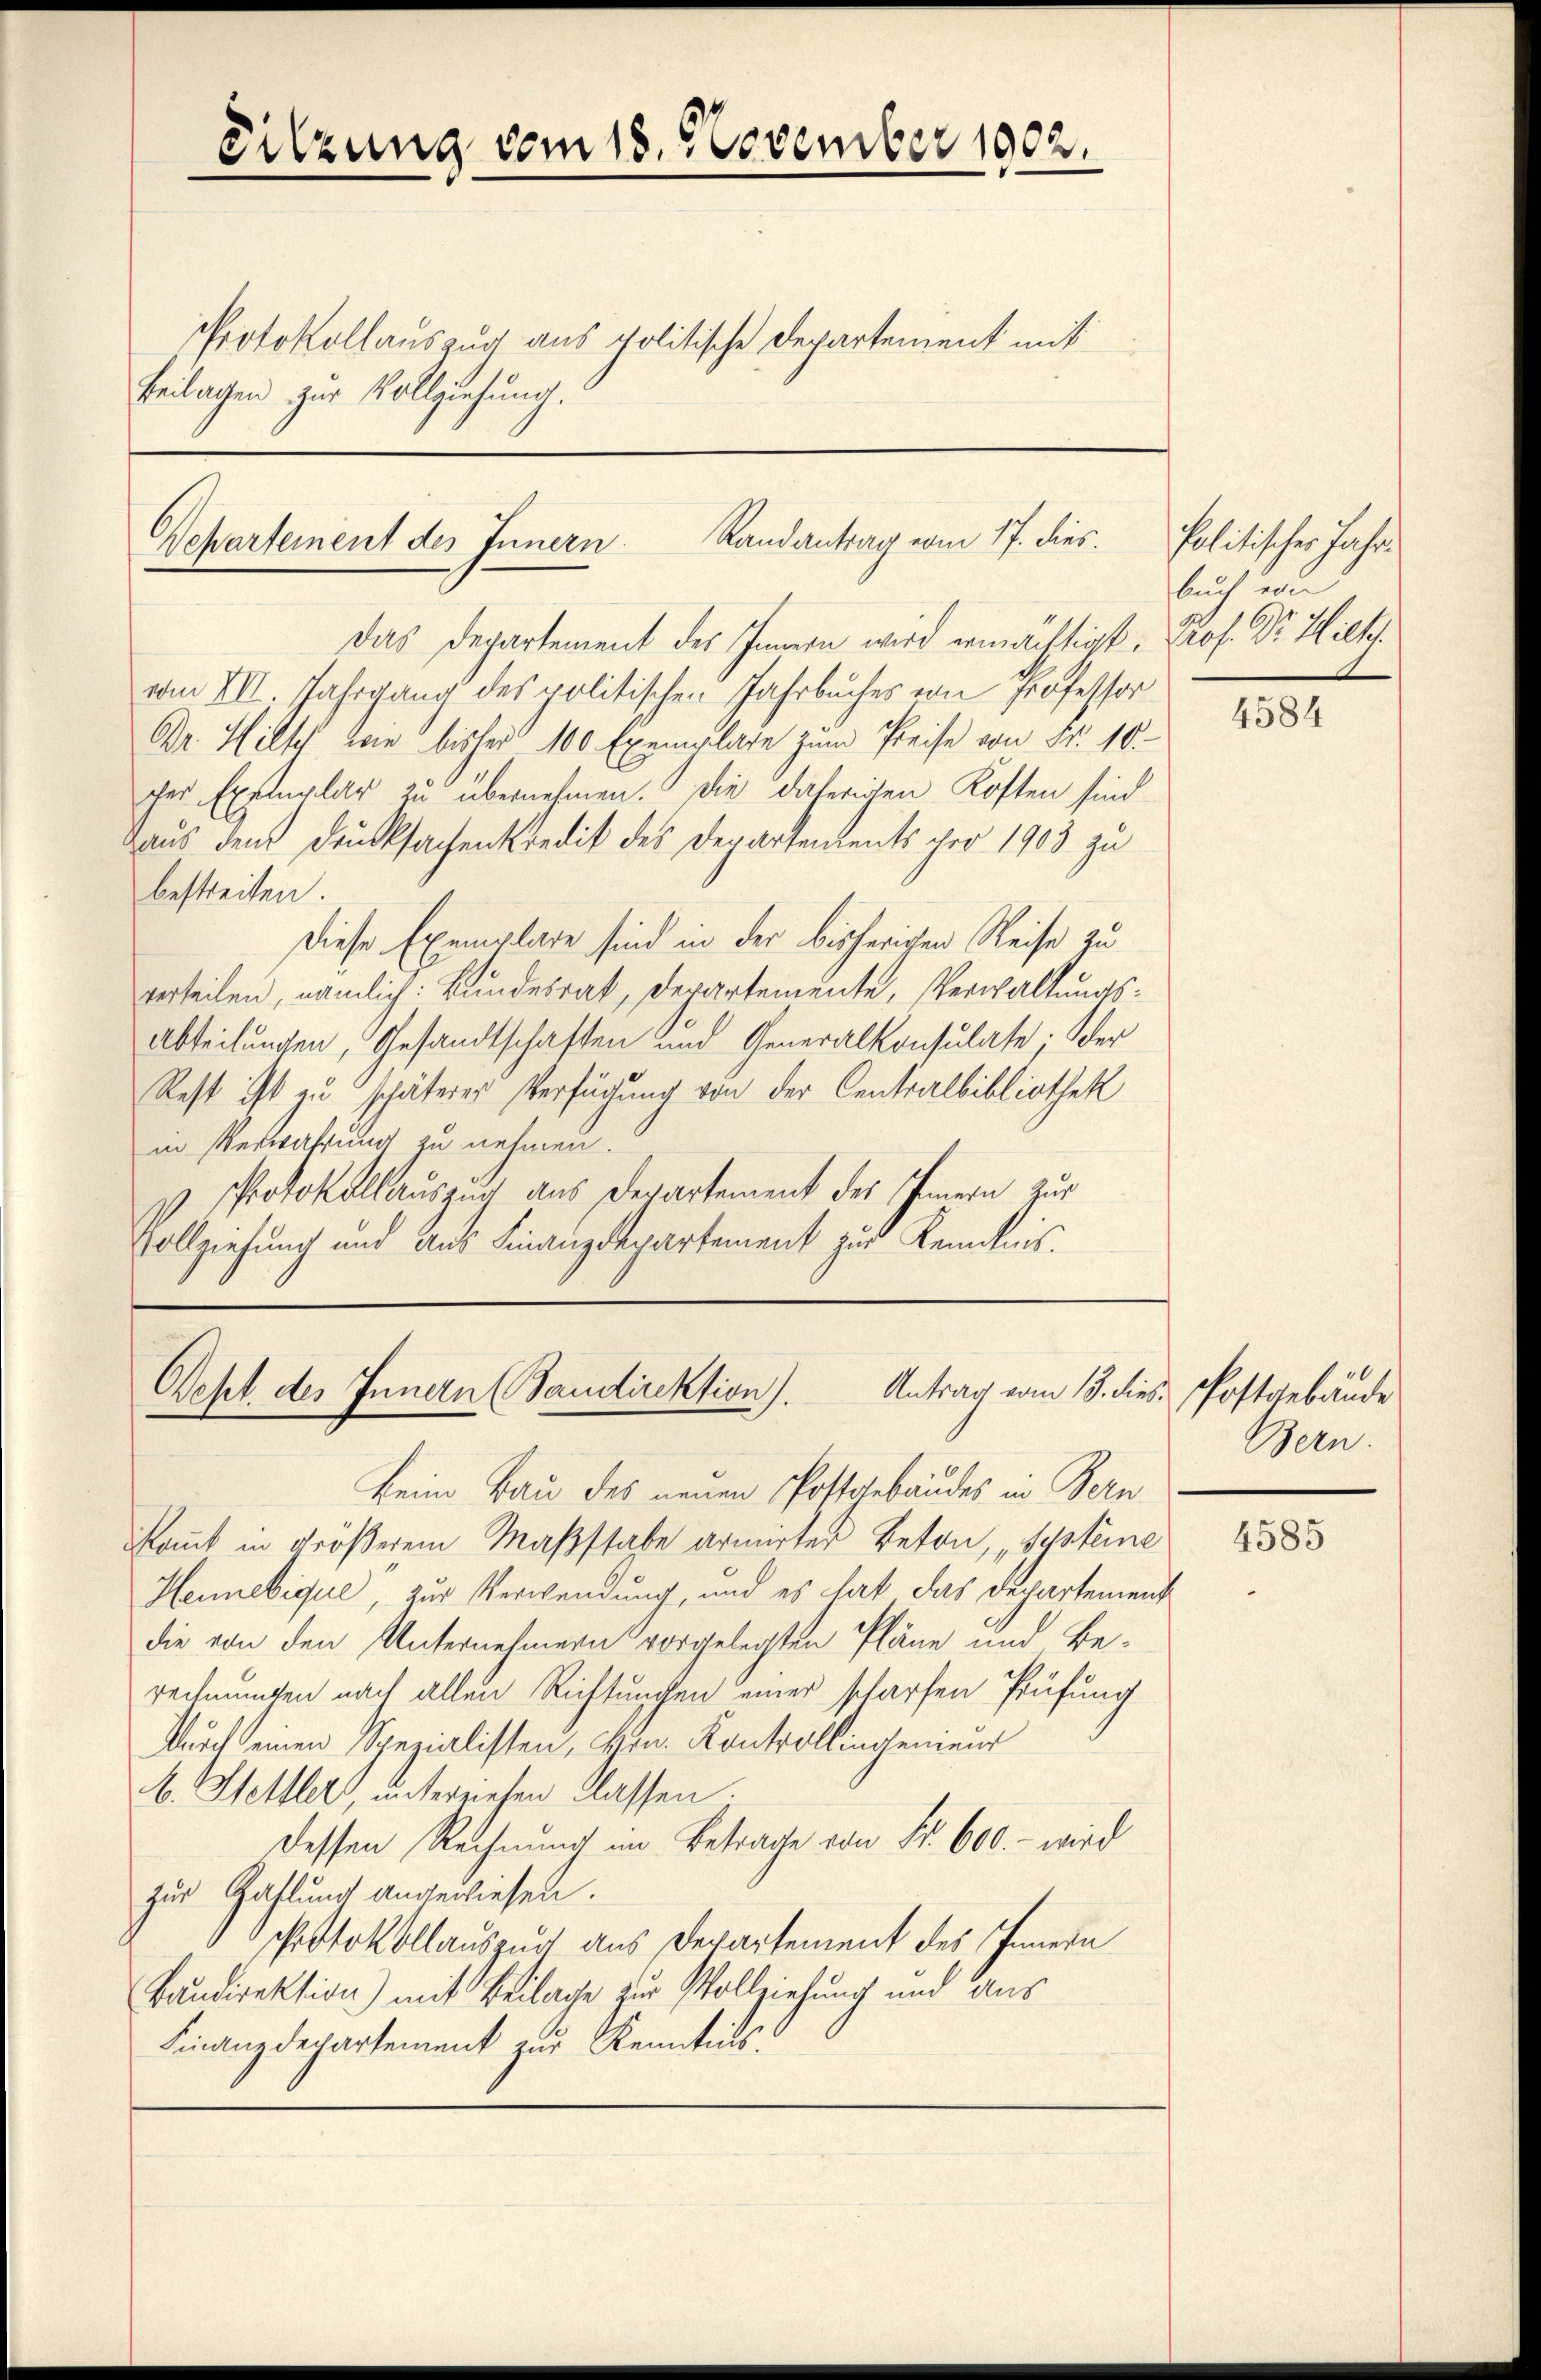
Sitzung vom 18. November 1902.
Protokollauszug aus politische Departement mit
Beilagen zur Vollziehung.

Departement des Innern Randantrag vom 17. dies¬

Das Departement des Innern wird ermächtigt, Prof. Dr. Hilt
vm VII. Jahrgang des politischen Jahrbuches von Professor
Dr. Hilsch von bisher 100 Exemplare zŭm Preise von Fr. 10.
cher Exemplar zu übernehmen. Die daherigen Kosten sind
Haus dem Drucksachenkredit des Departements pro 1903 zu
bestreiten.
Diese Exemplare sind in der bisherigen Reise zu
verteilen, nämlich: Bundesrat, derartemente, Verwaltungs¬
Abteilungen, Gesandtschaften und Generalkonsulate. Ver
Rest ist zu schäterer Verfügung von der Centralbibliothek
in Verwahrung zu nehmen.
PProtokollauszug aus Departement des Innern zur
Vollziehung und Aus Finanzdepartement zur Kenntnis.

Antrag vom 13. dies Postgebäude
Deht des Innern (Saudirektion).

durch einen Spezialisten, Kin. Kontrollingenieur
b. Stelller, unterziehen Classen.
Dessen Rechnung im Betrage von Fr. 600.- wird
zur Zahlung angewiesen.
chrotokollauszug aus Departement des Innern
Baudirektion) mit Beilage zur Vollziehung und aus
Finanzdepartement zur Kenntnis:

Beim Bau des neuen Postgebäudes in Bern
kat in größerem Maßstabe armirter Beton, Systeine
Hennebique, zur Verwendung, und es hat das Departement
die von den Unternehmern vorgelegten Pläne und Berechnungen nach allen Richtungen einer scharfen Prüfung

Politischer Jahr
such un

4584

Bern.

4585